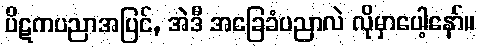
ပိဋကပညာအပြင်, အဲဒီ အခြေခံပညာလဲ လိုမှာပေါ့နော်။